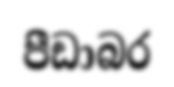
පීඩාබර